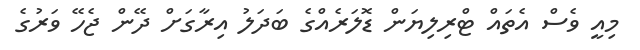
މިއީ ވެސް އެތައް ޓްރިލިޔަން ޑޮލަރެއްގެ ބަދަލު އިރާގަށް ދޭން ޖެހޭ ވަރުގެ